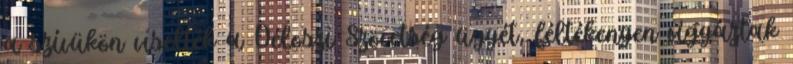
a szívükön viselték a Déloszi Szövetség ügyét, féltékenyen vigyáztak